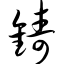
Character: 铸